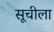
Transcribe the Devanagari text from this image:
सूचीला